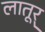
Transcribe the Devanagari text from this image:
लातूर्